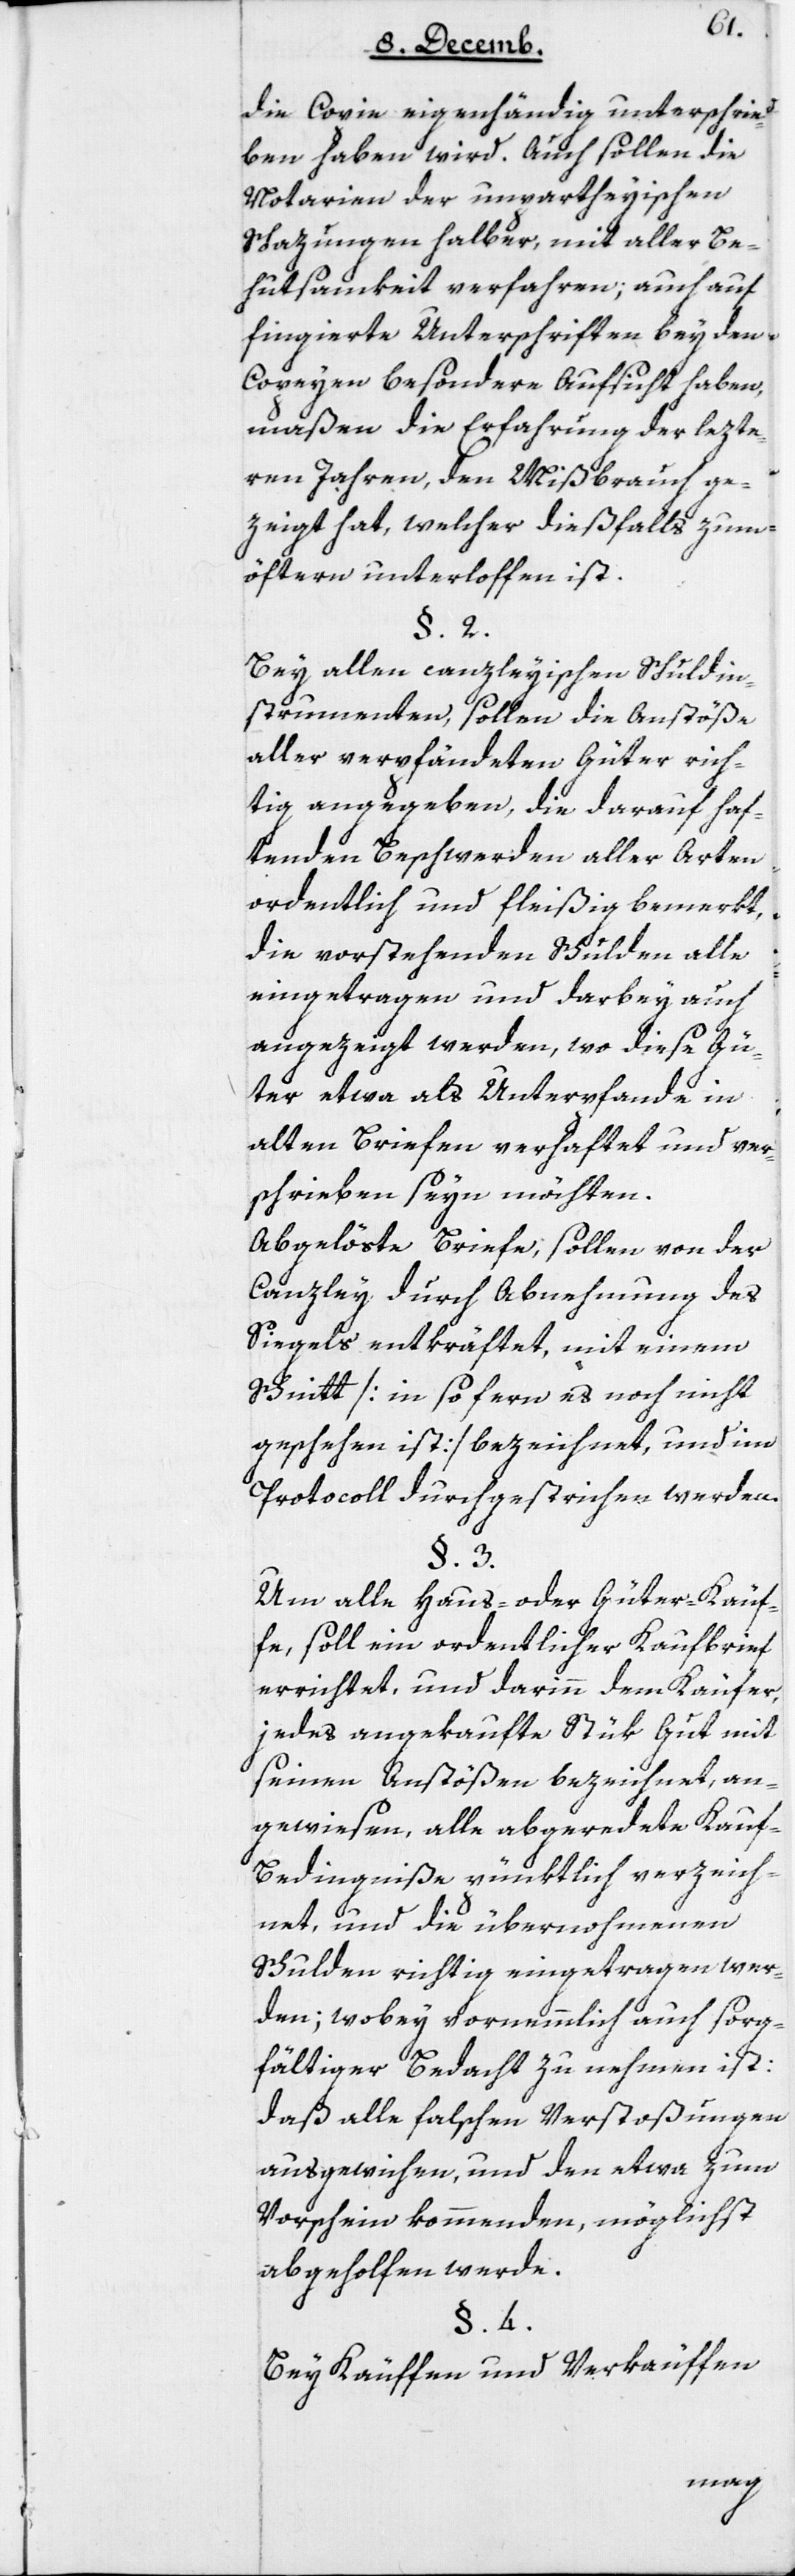
die Copie eigenhändig unterschrie¬
ben haben wird. Auch sollen die
Notarien der unpartheyischen
Schazungen halber, mit aller Be¬
hutsamkeit verfahren; auch auf
fingierte Unterschriften bey den
Copeyen besondere Aufsicht haben,
maßen die Erfahrung der lezte¬
ren Jahren, den Mißbrauch ge¬
zeigt hat, welcher dießfalls zum
öfteren unterloffen ist.
§ 2.
Bey allen canzleyischen Schuldin¬
strumenten, sollen die Anstöße
aller verpfändeten Güter rich¬
tig angegeben, die darauf haf¬
tenden Beschwerden aller Arten
ordentlich und fleißig bemerkt
die vorstehenden Schulden alle
eingetragen und darbey auch
angezeigt werden, wo diese Gü¬
ter etwa als Unterpfande in
alten Briefen verhaftet und ver¬
schrieben seyn möchten.
Abgelöste Briefe, sollen von der
Canzley durch Abnehmung des
Siegels entkräftet, mit einem
Schnitt (in so fern es noch nicht
geschehen ist) bezeichnet, und im
Protocoll durchgestrichen werden.
Um alle Haus- oder Güter-Käu¬
fe, soll ein ordentlicher Kaufbrief
errichtet und darinn dem Käufer,
jedes angekaufte Stük Gut mit
seinen Anstößen bezeichnet, an¬
gewiesen, alle abgeredete Kauf-B¬
edingniße pünktlich verzeich¬
net und die übernohmenen
Schulden richtig eingetragen wer¬
den; wobey vornemmlich auch sorg¬
fältiger Bedacht zu nehmen ist:
daß alle falschen Verstoßungen
ausgewichen, und den etwa zum
Vorschein kommenden, möglichst
abgeholfen werde.
§ 4.
Bey Käuffen und Verkäuffen